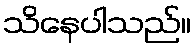
သိနေပါသည်။